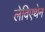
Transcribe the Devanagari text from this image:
लेविएथेन